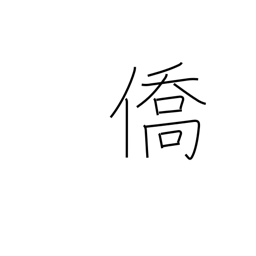
Meaning: expatriate